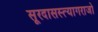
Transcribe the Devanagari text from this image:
सूरदासस्त्यागराजो